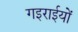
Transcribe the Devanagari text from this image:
गइराईयों